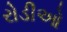
રોડીઓ